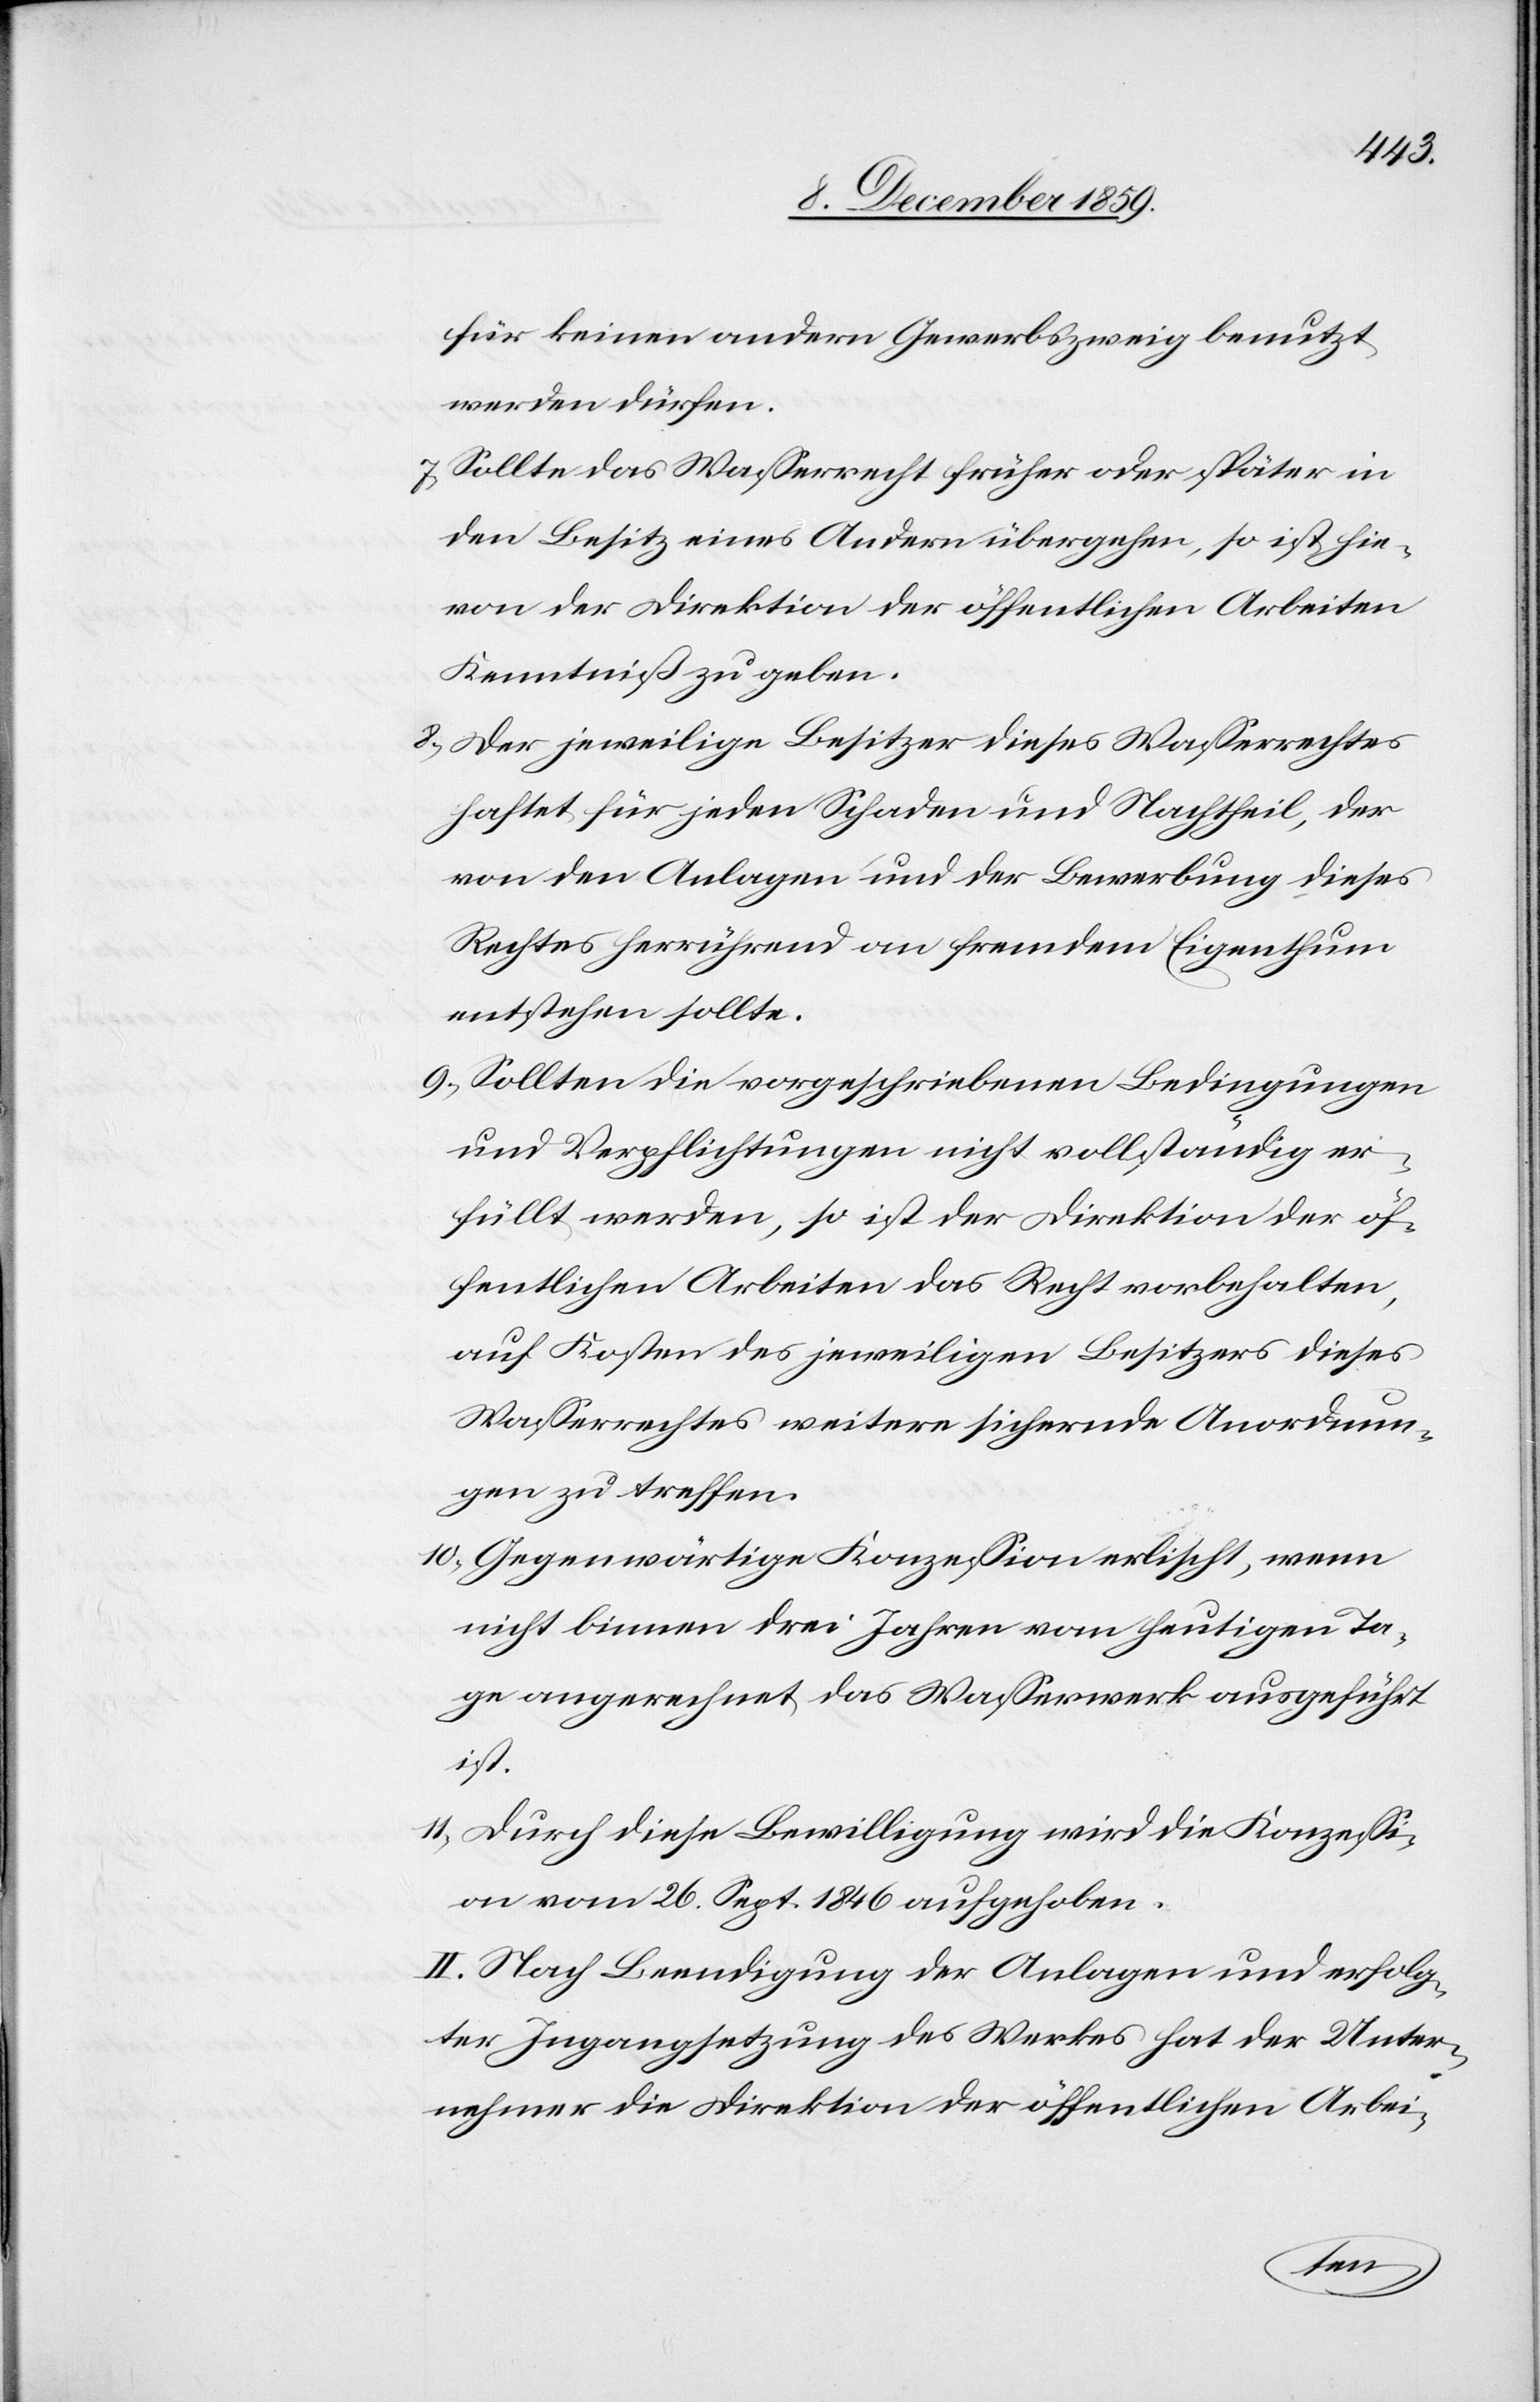
für keinen andern Gewerbszweig benutzt
werden dürfen.
7) Sollte das Wasserrecht früher oder später in
den Besitz eines Andern übergehen, so ist hie¬
von der Direktion der öffentlichen Arbeiten
Kenntniß zu geben.
8) Der jeweilige Besitzer dieses Wasserrechtes
haftet für jeden Schaden und Nachtheil, der
von den Anlagen und der Bewerbung dieses
Rechtes herrührend an fremdem Eigenthum
entstehen sollte.
9) Sollten die vorgeschriebenen Bedingungen
und Verpflichtungen nicht vollständig er¬
füllt werden, so ist der Direktion der öf¬
fentlichen Arbeiten das Recht vorbehalten,
auf Kosten des jeweiligen Besitzers dieses
Wasserrechtes weitere sichernde Anordnun¬
gen zu treffen.
10) Gegenwärtige Konzession erlischt, wenn
nicht binnen drei Jahren vom heutigen Ta¬
ge angerechnet das Wasserwerk ausgeführt
ist.
11) Durch diese Bewilligung wird die Konzessi¬
on vom 26. Sept. 1846 aufgehoben.
II. Nach Beendigung der Anlagen und erfolg¬
ter Ingangsetzung des Werkes hat der Unter¬
nehmer die Direktion der öffentlichen Arbei-